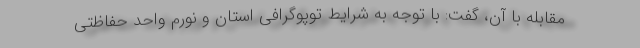
مقابله با آن، گفت: با توجه به شرایط توپوگرافی استان و نورم واحد حفاظتی